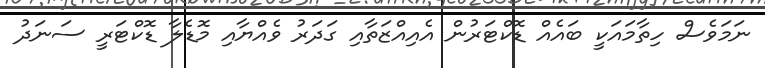
ނަމަވެސް ހިތާމައަކީ ބައެއް ޑޮކްޓަރުން އެއިއްޒަތާއި ގަދަރު ވެއްޔާއި މޮޑެލާ ޑޮކްޓަރީ ސަނަދު